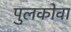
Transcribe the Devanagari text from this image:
पुलकोवा